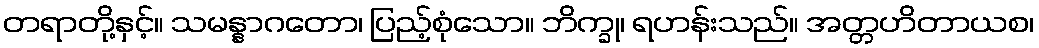
တရာတို့နှင့်။ သမန္နာဂတော၊ ပြည့်စုံသော။ ဘိက္ခု၊ ရဟန်းသည်။ အတ္တဟိတာယစ၊